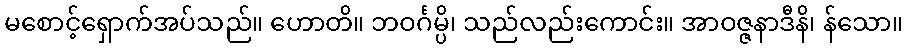
မစောင့်ရှောက်အပ်သည်။ ဟောတိ။ ဘဝင်္ဂမ္ပိ၊ သည်လည်းကောင်း။ အာဝဇ္ဇနာဒီနိ၊ န်သော။